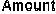
AMOUNT